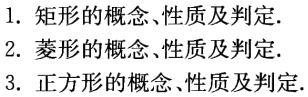
1. 矩形的概念、性质及判定.
2. 菱形的概念、性质及判定.
3. 正方形的概念、性质及判定.